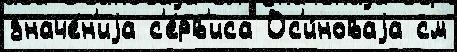
значе́н'иjа с'е́рв'иса Ос'и́новаjа см